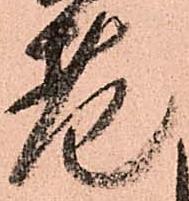
老